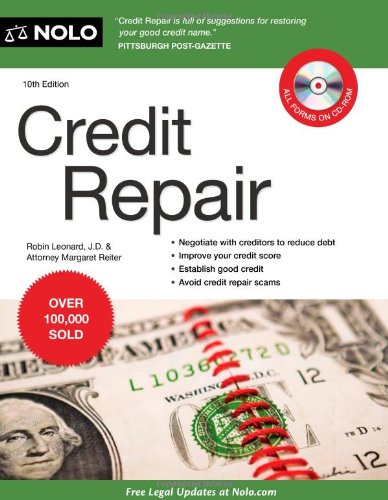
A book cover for Credit Repair; Robin Leonard; Business & Money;